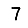
Digit: 7